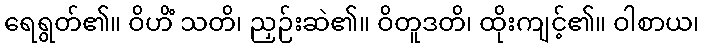
ရေရွတ်၏။ ဝိဟိံ သတိ၊ ညှဉ်းဆဲ၏။ ဝိတူဒတိ၊ ထိုးကျင့်၏။ ဝါစာယ၊